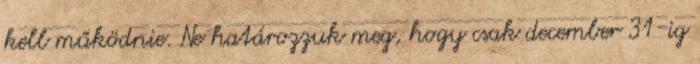
kell működnie. Ne határozzuk meg, hogy csak december 31-ig